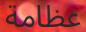
عظامة